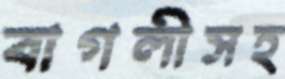
বাগলীসহ